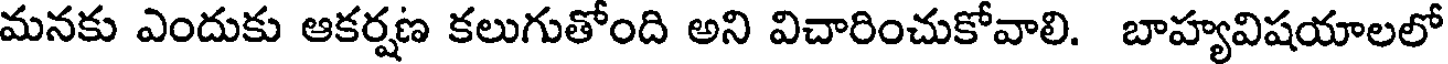
మనకు ఎందుకు ఆకర్షణ కలుగుతోంది అని విచారించుకోవాలి. బాహ్యవిషయాలలో